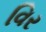
વિર